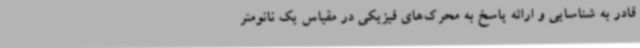
قادر به شناسایی و ارائه پاسخ به محرک‌های فیزیکی در مقیاس یک نانومتر